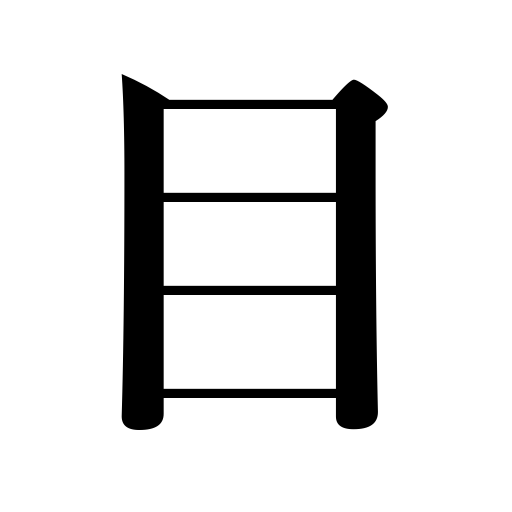
Meanings: vision,weight,mesh,eye,insight,item,treatment,experience,class,weave,sight,look,grain,favor,division,discrimination,order of plants or animals,viewpoint,care,pity,texture,tooth of a saw,gaze,attention,notice,eye of a needle,square,momme 0.1325 oz.